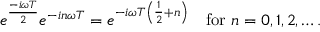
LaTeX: e ^ { \frac { - i \omega T } { 2 } } e ^ { - i n \omega T } = e ^ { - i \omega T \left( { \frac { 1 } { 2 } } + n \right) } \quad { \mathrm { f o r ~ } } n = 0 , 1 , 2 , \ldots .